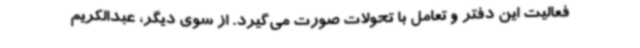
فعالیت این دفتر و تعامل با تحولات صورت می‌گیرد. از سوی دیگر، عبدالکریم